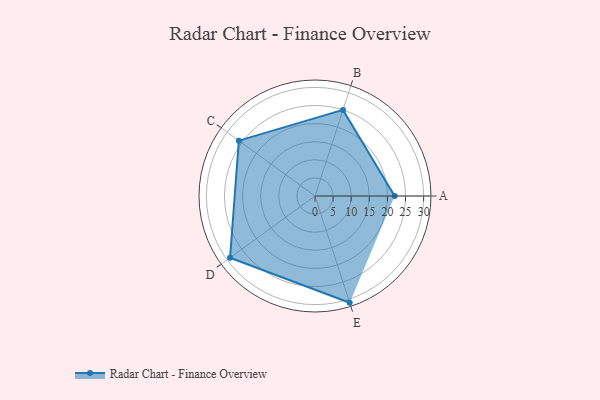
{"axis": {"x": "Skill", "y": "Score"}, "legend": ["Profile"], "data": [{"x": "A", "y": 22.0, "type": "Profile"}, {"x": "B", "y": 25.0, "type": "Profile"}, {"x": "C", "y": 26.0, "type": "Profile"}, {"x": "D", "y": 29.0, "type": "Profile"}, {"x": "E", "y": 31.0, "type": "Profile"}]}